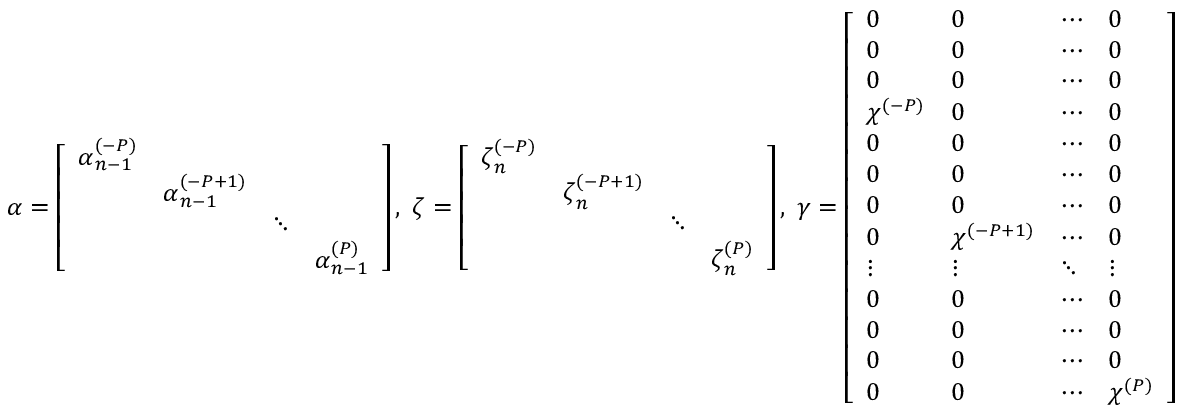
\boldsymbol \alpha = \left[ \begin{array} { c c c c } { \boldsymbol \alpha _ { n - 1 } ^ { ( - P ) } } & & & \\ & { \boldsymbol \alpha _ { n - 1 } ^ { ( - P + 1 ) } } & & \\ & & { \ddots } & \\ & & & { \boldsymbol \alpha _ { n - 1 } ^ { ( P ) } } \end{array} \right] , \; \boldsymbol \zeta = \left[ \begin{array} { c c c c } { \boldsymbol \zeta _ { n } ^ { ( - P ) } } & & & \\ & { \boldsymbol \zeta _ { n } ^ { ( - P + 1 ) } } & & \\ & & { \ddots } & \\ & & & { \boldsymbol \zeta _ { n } ^ { ( P ) } } \end{array} \right] , \; \boldsymbol \gamma = \left[ \begin{array} { l l l l } { 0 } & { 0 } & { \cdots } & { 0 } \\ { 0 } & { 0 } & { \cdots } & { 0 } \\ { 0 } & { 0 } & { \cdots } & { 0 } \\ { \chi ^ { ( - P ) } } & { 0 } & { \cdots } & { 0 } \\ { 0 } & { 0 } & { \cdots } & { 0 } \\ { 0 } & { 0 } & { \cdots } & { 0 } \\ { 0 } & { 0 } & { \cdots } & { 0 } \\ { 0 } & { \chi ^ { ( - P + 1 ) } } & { \cdots } & { 0 } \\ { \vdots } & { \vdots } & { \ddots } & { \vdots } \\ { 0 } & { 0 } & { \cdots } & { 0 } \\ { 0 } & { 0 } & { \cdots } & { 0 } \\ { 0 } & { 0 } & { \cdots } & { 0 } \\ { 0 } & { 0 } & { \cdots } & { \chi ^ { ( P ) } } \end{array} \right]